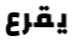
يقرع